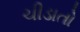
ચીડાતો